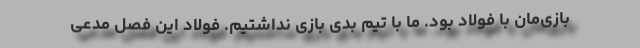
بازی‌مان با فولاد بود. ما با تیم بدی بازی نداشتیم. فولاد این فصل مدعی